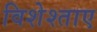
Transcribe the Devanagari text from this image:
विशेश्ताए